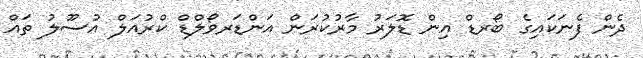
ދެން ފެނަކައިގެ ބޯރޑް އިން ޑޮލަރު މާރުކުރަން އަންޑަރވޯލްޑް ކްރުއަލް އުސޫލު ތައް